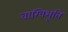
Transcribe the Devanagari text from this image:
वाग्विभूति